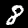
Digit: 8